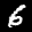
Label: 6